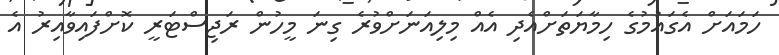
ހަމައަށް އެގައުމުގެ ހިމާޔަތަށްއެދި އެއް މިލިއަނަށްވުރެ ގިނަ މީހުން ރަޖިސްޓަރީ ކޮށްފައިވާއިރު އެ